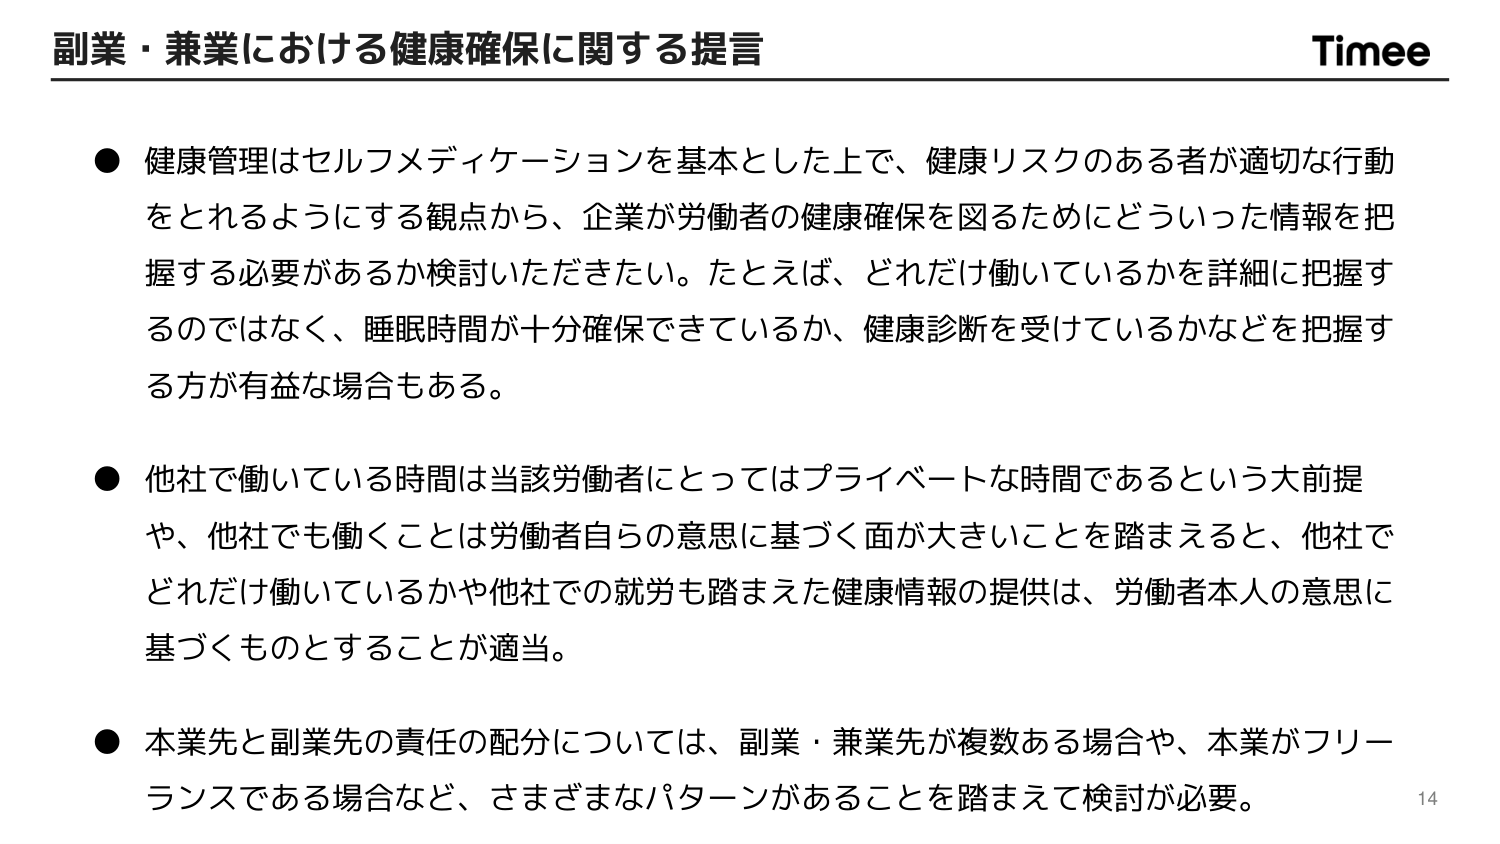
副業・兼業における健康確保に関する提言

● 健康管理はセルフメディケーションを基本とした上で、健康リスクのある者が適切な行動をとれるようにする観点から、企業が労働者の健康確保を図るためにどういった情報を把握する必要があるか検討いただきたい。たとえば、どれだけ働いているかを詳細に把握するのではなく、睡眠時間が十分確保できているか、健康診断を受けているかなどを把握する方が有益な場合もある。

● 他社で働いている時間は当該労働者にとってはプライベートな時間であるという大前提や、他社でも働くことは労働者自らの意思に基づく面が大きいことを踏まえると、他社でどれだけ働いているかや他社での就労も踏まえた健康情報の提供は、労働者本人の意思に基づくものとすることが適当。

● 本業先と副業先の責任の配分については、副業・兼業先が複数ある場合や、本業がフリーランスである場合など、さまざまなパターンがあることを踏まえて検討が必要。

Timee
14